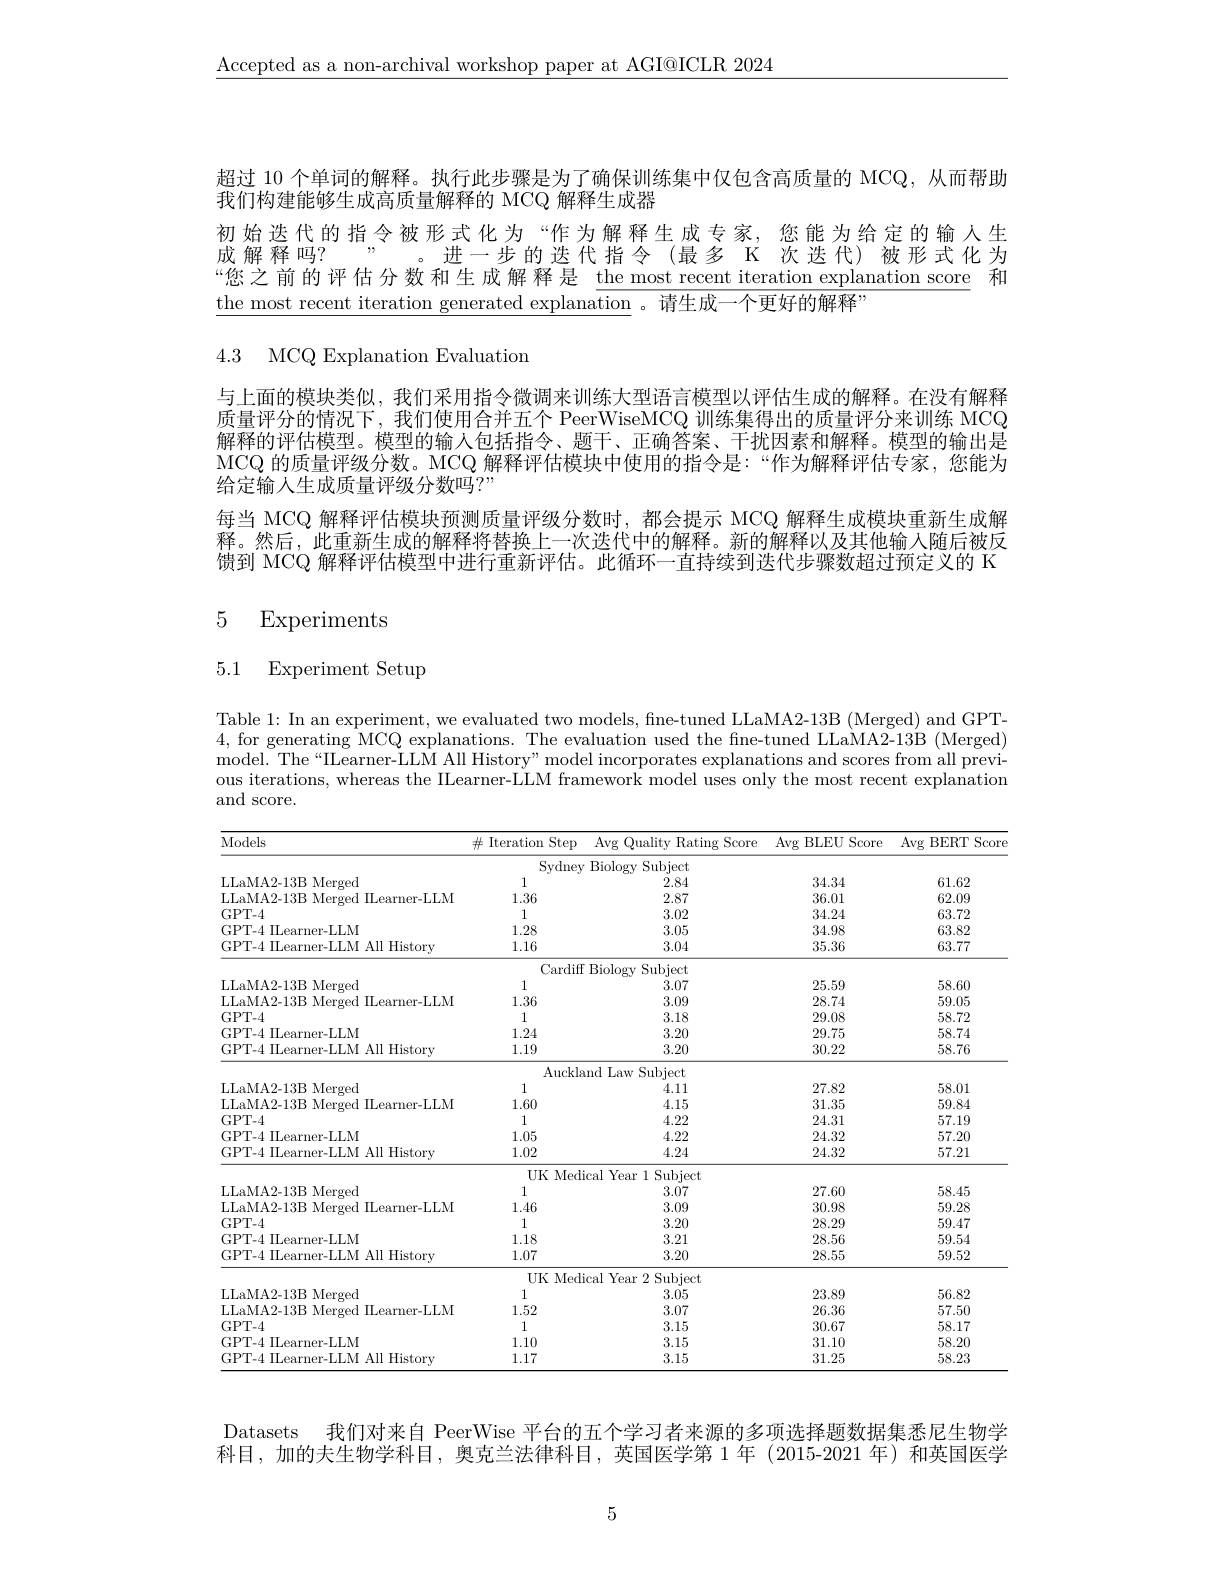
$\underline{\text{Accepted as a non-archival workshop paper at AGI@ICLR 2024}}$

超过 10 个单词的解释。执行此步骤是为了确保训练集中仅包含高质量的 MCQ, 从而帮助
我们构建能够生成高质量解释的 MCQ 解释生成器

初始迭代的指令被形式化为“作为解释生成专家，您能为给定的输入生成解释吗？”。进一步的迭代指令(最多 K 次迭代)被形式化为“您之前的评估分数和生成解释是 the most recent iteration explanation score 和the most recent iteration generated explanation 。请生成一个更好的解释

4.3 MCQ Explanation Evaluation

与上面的模块类似，我们采用指令微调来训练大型语言模型以评估生成的解释。在没有解释质量评分的情况下，我们使用合并五个 PeerWiseMCQ 训练集得出的质量评分来训练 MCQ 解释的评估模型。模型的输人包括指令、题干、正确答案、干扰因素和解释。模型的输出是MCQ 的质量评级分数。MCQ 解释评估模块中使用的指令是：“作为解释评估专家，您能为给定输入生成质量评级分数吗？”
每当 MCQ 解释评估模块预测质量评级分数时，都会提示 MCQ 解释生成模块重新生成解释。然后，此重新生成的解释将替换上一次迭代中的解释。新的解释以及其他输入随后被反馈到 MCQ 解释评估模型中进行重新评估。此循环一直持续到迭代步骤数超过预定义的 K 5
Experiments

## 5.1 Experiment Setup

Table 1: In an experiment, we evaluated two models, fine-tuned LLaMA2-13B (Merged) and GPT- 4, for generating MCQ explanations. The evaluation used the fine-tuned LLaMA2-13B (Merged) model. The“IILearner-LLM All History”model incorporates explanations and scores from all previous iterations, whereas the IIearner-LLM framework model uses only the most recent explanation and score.

<table>
	<tbody>
		<tr>
			<th>Models</th>
			<th>Iteration Step $\#1$</th>
			<th>Avg Quality Rating Score</th>
			<th>Avg I BLEU Score $\frac{1}{2}$</th>
			<th>Avg BERT Score </th>
		</tr>
		<tr>
			<td> </td>
			<td>Sydney</td>
			<td>Biology Subject</td>
			<td> </td>
			<td> </td>
		</tr>
		<tr>
			<td>LLaMA2-13B Merged</td>
			<td>1</td>
			<td>2.84</td>
			<td>34.34</td>
			<td>61.62</td>
		</tr>
		<tr>
			<td>LLaMA2-13B Merged IIearner-LLM</td>
			<td>1.36</td>
			<td>2.87</td>
			<td>36.01</td>
			<td>62.09</td>
		</tr>
		<tr>
			<td>GPT- 4</td>
			<td>1</td>
			<td>3.02</td>
			<td>34.24</td>
			<td>63.72</td>
		</tr>
		<tr>
			<td>GPT-4 ILearner-LLM</td>
			<td>1.28</td>
			<td>3.05</td>
			<td>34.98</td>
			<td>63.82</td>
		</tr>
		<tr>
			<td>GPT-4 ILearner-LLM All History</td>
			<td>1.16</td>
			<td>3.04</td>
			<td>35.36</td>
			<td>63.77</td>
		</tr>
		<tr>
			<td> </td>
			<td>Cardiff</td>
			<td>Biologv Subject</td>
			<td> </td>
			<td> </td>
		</tr>
		<tr>
			<td>LLaMA2-13B Merged</td>
			<td>1</td>
			<td>3.07</td>
			<td>25.59</td>
			<td>58.60</td>
		</tr>
		<tr>
			<td>LLaMA2-13B Merged IIearner-LLM</td>
			<td>1.36</td>
			<td>3.09</td>
			<td>28.74</td>
			<td>59.05</td>
		</tr>
		<tr>
			<td>GPT- 4</td>
			<td>1</td>
			<td>3.18</td>
			<td>29.08</td>
			<td>58.72</td>
		</tr>
		<tr>
			<td>GPT-4 ILearner-LLM</td>
			<td>1.24</td>
			<td>3.20</td>
			<td>29.75</td>
			<td>58.74</td>
		</tr>
		<tr>
			<td>GPT-4 ILearner-LLM All History</td>
			<td>1.19</td>
			<td>3.20</td>
			<td>30.22</td>
			<td>58.76</td>
		</tr>
		<tr>
			<td> </td>
			<td>Auckla</td>
			<td>nd Law Subject</td>
			<td> </td>
			<td> </td>
		</tr>
		<tr>
			<td>LLaMA2-13B Merged</td>
			<td>1</td>
			<td>4.11</td>
			<td>27.82</td>
			<td>58.01</td>
		</tr>
		<tr>
			<td>LLaMA2-13B Merged ILearner-LLM</td>
			<td>1.60</td>
			<td>4.15</td>
			<td>31.35</td>
			<td>59.84</td>
		</tr>
		<tr>
			<td>GPT- 4</td>
			<td>1</td>
			<td>4.22</td>
			<td>24.31</td>
			<td>57.19</td>
		</tr>
		<tr>
			<td>GPT-4 ILearner-LLM</td>
			<td>1.05</td>
			<td>4.22</td>
			<td>24.32</td>
			<td>57.20</td>
		</tr>
		<tr>
			<td>GPT-4 ILearner-LLM All History</td>
			<td>1.02</td>
			<td>4.24</td>
			<td>24.32</td>
			<td>57.21</td>
		</tr>
		<tr>
			<td> </td>
			<td>UK Medi</td>
			<td>cal Year 1 Subject</td>
			<td> </td>
			<td> </td>
		</tr>
		<tr>
			<td>LLaMA2-13B Merged</td>
			<td>1</td>
			<td>3.07</td>
			<td>27.60</td>
			<td>58.45</td>
		</tr>
		<tr>
			<td>LLaMA2-13B Merged ILearner-LLM</td>
			<td>1.46</td>
			<td>3.09</td>
			<td>30.98</td>
			<td>59.28</td>
		</tr>
		<tr>
			<td>GPT- 4</td>
			<td>1</td>
			<td>3.20</td>
			<td>28.29</td>
			<td>59.47</td>
		</tr>
		<tr>
			<td>GPT-4 ILearner-LLM</td>
			<td>1.18</td>
			<td>3.21</td>
			<td>28.56</td>
			<td>59.54</td>
		</tr>
		<tr>
			<td>GPT-4 ILearner-LLM All History</td>
			<td>1.07</td>
			<td>3.20</td>
			<td>28.55</td>
			<td>59.52</td>
		</tr>
		<tr>
			<td> </td>
			<td>UK Medi</td>
			<td>cal Year 2 Subject</td>
			<td> </td>
			<td> </td>
		</tr>
		<tr>
			<td>LLaMA2-13B Merged</td>
			<td>1</td>
			<td>3.05</td>
			<td>23.89</td>
			<td>56.82</td>
		</tr>
		<tr>
			<td>LLaMA2-13B Merged ILearner-LLM</td>
			<td>1.52</td>
			<td>3.07</td>
			<td>26.36</td>
			<td>57.50</td>
		</tr>
		<tr>
			<td>GPT- 4</td>
			<td>1</td>
			<td>3.15</td>
			<td>30.67</td>
			<td>58.17</td>
		</tr>
		<tr>
			<td>GPT-4 ILearner-LLM</td>
			<td>1.10</td>
			<td>3.15</td>
			<td>31.10</td>
			<td>58.20</td>
		</tr>
		<tr>
			<td>GPT-4 ILearner-LLM All Historv</td>
			<td>1.17</td>
			<td>3.15</td>
			<td>31.25</td>
			<td>58.23</td>
		</tr>
	</tbody>
</table>

Datasets
我们对来自 PeerWise 平台的五个学习者来源的多项选择题数据集悉尼生物学
科目，加的夫生物学科目，奥克兰法律科目，英国医学第 1 年 (2015-2021 年) 和英国医学

5